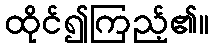
ထိုင်၍ကြည့်၏။